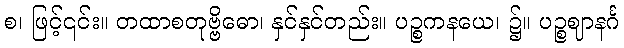
စ၊ ဖြင့်၎င်း။ တထာစတုဗ္ဗိဓော၊ နှင်နှင်တည်း။ ပဉ္စကနယေ၊ ၌။ ပဉ္စဈာနင်္ဂ